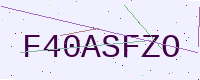
Text: F40ASFZO